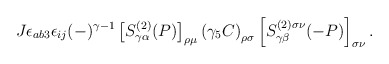
\begin{align*}J \epsilon_{a b 3} \epsilon_{i j} (-)^{\gamma - 1} \left[ S^{(2)}_{\gamma \alpha} (P) \right]_{\rho \mu} \left( \gamma_5 C \right)_{\rho \sigma} \left[ S^{(2) \sigma \nu}_{\gamma \beta} (- P) \right]_{\sigma \nu} . \end{align*}